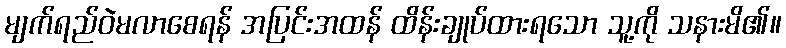
မျက်ရည်ဝဲမလာစေရန် အပြင်းအထန် ထိန်းချုပ်ထားရသော သူ့ကို သနားမိ၏။